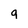
Character: q